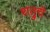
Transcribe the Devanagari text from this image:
शत्रुचे